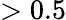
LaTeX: >0.5